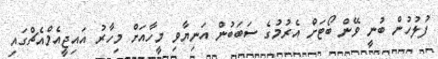
ފުލުހުން ބުނީ ވޭން ބޯޓަށް އެރުމުގެ ސަބަބުން އަނިޔާވި މީހާއަށް މިހާރު އައިޖީއެމްއެޗްގައި